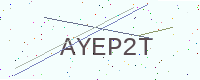
Text: AYEP2T